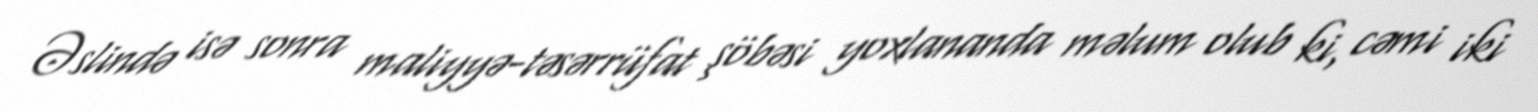
Əslində isə sonra maliyyə-təsərrüfat şöbəsi yoxlananda məlum olub ki, cəmi iki